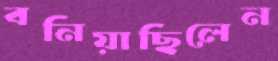
বনিয়াছিলেন